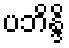
ပဘိန္ဒိ